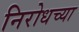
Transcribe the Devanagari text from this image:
निरोधच्या